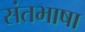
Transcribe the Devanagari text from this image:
संतभाषा